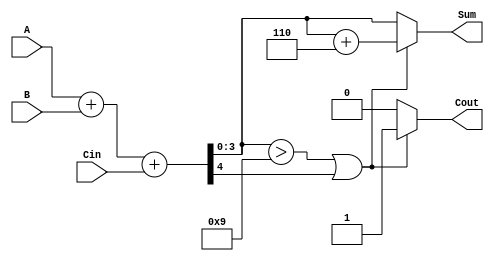
module BCD_Fast_Adder (
    input  [3:0] A,      // First BCD digit
    input  [3:0] B,      // Second BCD digit
    input        Cin,     // Carry input
    output reg [3:0] Sum, // BCD sum output
    output reg Cout       // Carry output
);

    wire [4:0] S;        // 5-bit sum to hold the result of A + B + Cin
    wire correction;      // Flag for correction needed

    // Perform binary addition
    assign S = A + B + Cin;

    // Determine if correction is needed
    assign correction = (S[3:0] > 4'd9) || S[4];

    always @(*) begin
        if (correction) begin
            // Apply correction by adding 6 (0110)
            Sum = S[3:0] + 4'd6;
            Cout = 1'b1; // Set carry out since correction is applied
        end else begin
            Sum = S[3:0];
            Cout = 1'b0; // No carry out
        end
    end

endmodule